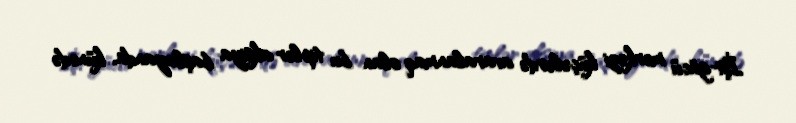
İşi-gücü mərkəzi küçələrdə avaralanmaq olan bu tiplər aksiya başlayanda, küncdə